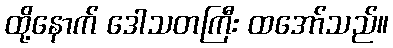
ထို့နောက် ဒေါသတကြီး ထအော်သည်။